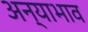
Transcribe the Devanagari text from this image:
अन्याभाव